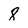
Character: 8